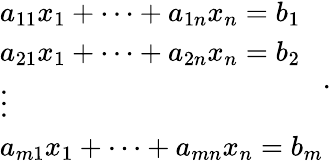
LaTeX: {\begin{array}{l}{a_{11}x_{1}+\cdots+a_{1n}x_{n}=b_{1}}\\ {a_{21}x_{1}+\cdots+a_{2n}x_{n}=b_{2}}\\ {\vdots}\\ {a_{m1}x_{1}+\cdots+a_{mn}x_{n}=b_{m}}\end{array}}.